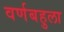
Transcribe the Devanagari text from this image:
वर्णबहुला